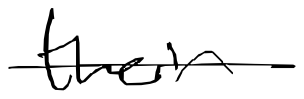
Text: their
Cross-out: single-line
Writing tool: digital_black